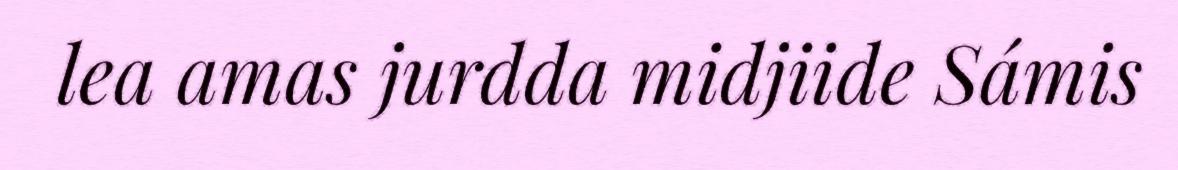
lea amas jurdda midjiide Sámis